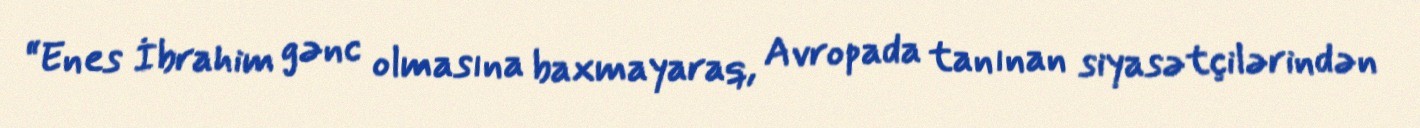
“Enes İbrahim gənc olmasına baxmayaraq, Avropada tanınan siyasətçilərindən